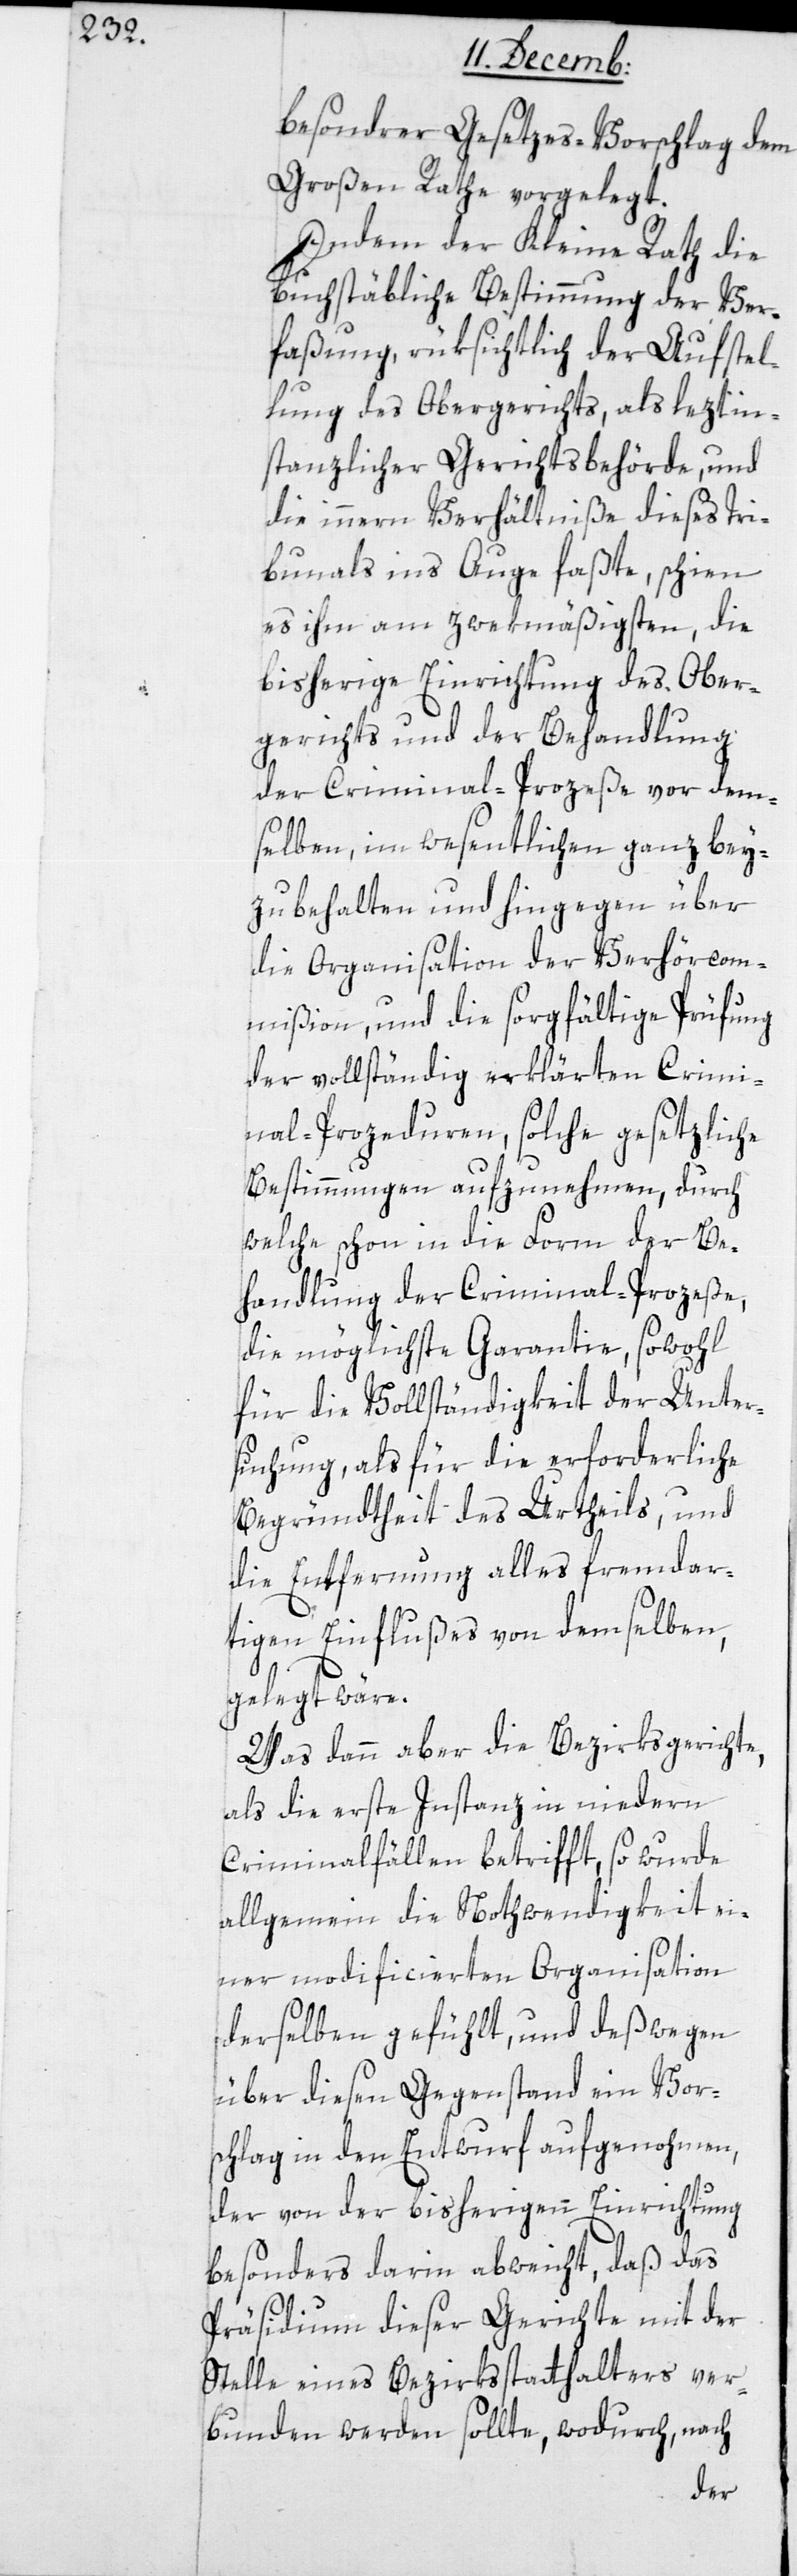
besondrer Gesetzes-Vorschlag dem
Großen Rathe vorgelegt.
Indem der Kleine Rath die
buchstäbliche Bestimmung der Ver¬
faßung, rüksichtlich der Aufstel¬
lung des Obergerichts, als leztin¬
stanzlicher Gerichtsbehörde, und
die innern Verhältniße dieses Tri¬
bunals ins Auge faßte, schien
es ihm am zwekmäßigsten, die
bisherige Einrichtung des Ober¬
gerichts und der Behandlung
der Criminal-Prozeße vor dem¬
selben, im Wesentlichen ganz bey¬
zubehalten und hingegen über
die Organisation der Verhörcom¬
mißion, und die sorgfältige Prüfung
der vollständig erklärten Crimi¬
nal-Proceduren, solche gesetzliche
Bestimmungen aufzunehmen, durch
welche schon in die Form der Be¬
handlung der Criminal-Prozeße,
die möglichste Garantie, sowohl
für die Vollständigkeit der Unter¬
suchung, als für die erforderliche
Begründtheit des Urtheils, und
die Entfernung alles fremdar¬
tigen Einflußes von demselben,
gelegt wäre.
Was dann aber die Bezirksgerichte,
als die erste Instanz in niedern
Criminalfällen betrifft, so wurde
allgemein die Nothwendigkeit ei¬
ner modificierten Organisation
derselben gefühlt, und deswegen
über diesen Gegenstand ein Vor¬
schlag in den Entwurf aufgenohmen,
der von der bisherigen Einrichtung
besonders darin abweicht, daß das
Präsidium dieser Gerichte mit der
Stelle eines Bezirksstatthalters ver¬
bunden werden sollte, wodurch nach